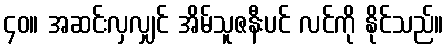
၄၀။ အဆင်းလှလျှင် အိမ်သူဇနီးပင် လင်ကို နိုင်သည်။